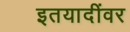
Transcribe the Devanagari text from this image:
इतयादींवर